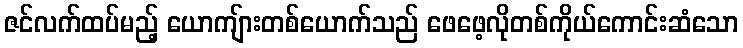
ဇင်လက်ထပ်မည့် ယောကျ်ားတစ်ယောက်သည် ဖေဖေ့လိုတစ်ကိုယ်ကောင်းဆံသော